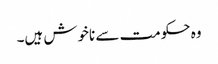
وہ حکومت سے ناخوش ہیں۔